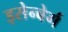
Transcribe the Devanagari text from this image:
इसेन्बेर्ग